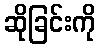
ဆိုခြင်းကို